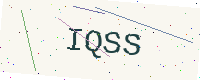
Text: IQSS